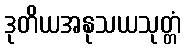
ဒုတိယအနုသယသုတ္တံ